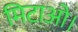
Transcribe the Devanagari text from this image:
मिटाओ।